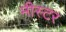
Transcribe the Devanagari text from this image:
मीस्टर